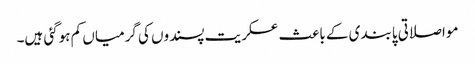
مواصلاتی پابندی کے باعث عسکریت پسندوں کی گرمیاں کم ہوگئی ہیں۔